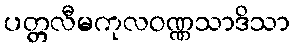
ပတ္တလီမကုလဝဏ္ဏသာဒိသာ